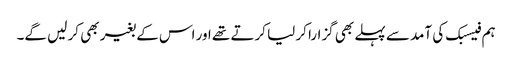
ہم فیسبک کی آمد سے پہلے بھی گزارا کر لیا کرتے تھے اور اس کے بغیر بھی کر لیں گے۔